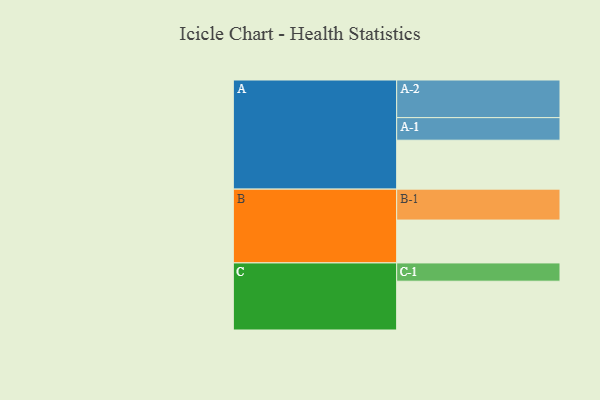
{"axis": {"x": "Segment", "y": "Value"}, "legend": ["", "A", "B", "C"], "data": [{"x": "A", "y": 364, "type": ""}, {"x": "B", "y": 319, "type": ""}, {"x": "C", "y": 363, "type": ""}, {"x": "A-1", "y": 168, "type": "A"}, {"x": "A-2", "y": 280, "type": "A"}, {"x": "B-1", "y": 230, "type": "B"}, {"x": "C-1", "y": 136, "type": "C"}]}